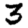
Digit: 3